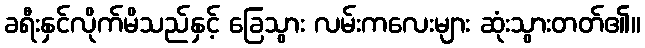
ခရီးနှင်လိုက်မိသည်နှင့် ခြေသွား လမ်းကလေးများ ဆုံးသွားတတ်၏။